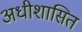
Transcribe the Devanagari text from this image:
अधीशासित